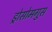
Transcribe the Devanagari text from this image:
ड्रोसोमगुस